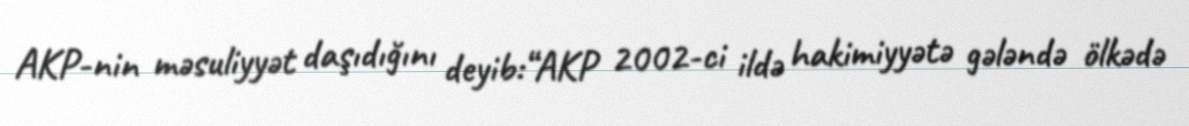
AKP-nin məsuliyyət daşıdığını deyib:“AKP 2002-ci ildə hakimiyyətə gələndə ölkədə